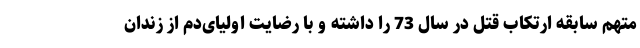
متهم سابقه ارتکاب قتل در سال 73 را داشته و با رضایت اولیای‌دم از زندان